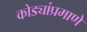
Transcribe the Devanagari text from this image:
कोड्यांप्रमाणे